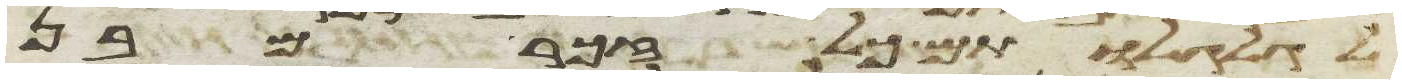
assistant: לגלגלתם כל זכר מבן